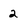
Character: 2